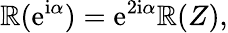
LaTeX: \mathbb{R}({\mathrm{{e}}}^{{\mathrm{{i}}}\alpha})={\mathrm{{e}}}^{2{\mathrm{{i}}}\alpha}\mathbb{R}(Z),